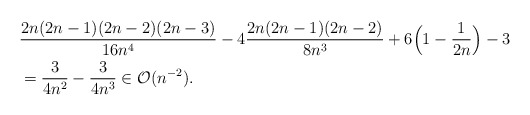
\begin{align*} & \frac{2n(2n-1)(2n-2)(2n-3)}{16n^4} - 4 \frac{2n(2n-1)(2n-2)}{8n^3} + 6 \Big(1 - \frac{1}{2n}\Big) - 3 \\ & = \frac{3}{4n^2} - \frac{3}{4n^3} \in \mathcal{O}(n^{-2}). \end{align*}